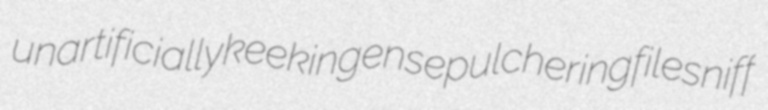
unartificially keeking ensepulchering filesniff